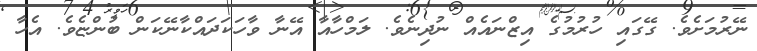
ނޭރުމަށެވެ. ގޭގައި ހުރުމުގެ އިޒްނައެއް ނުދިނެވެ. ލަމްހާއާ އޭނާ ވާހަކަދައްކާނޭކަން ބުންޏެވެ. އެހާ